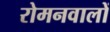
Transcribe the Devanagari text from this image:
रोमनवालों